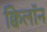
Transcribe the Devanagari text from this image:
क्विलॉन